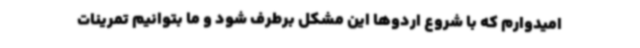
امیدوارم که با شروع اردوها این مشکل برطرف شود و ما بتوانیم تمرینات